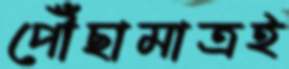
পৌঁছামাত্রই